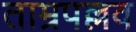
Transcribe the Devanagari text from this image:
ताम्रपल्लव